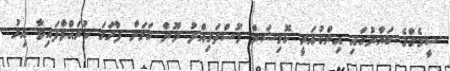
ސީމެގްގެ ބަޔާނުގައި އިންކުއަރީ ކޮމިޝަން މުސްތަގިއްލު ނޫން ކަމަށް ފާހަގަ ކުރައްވާފައިވާ އިރު